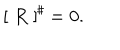
\left[ \; R \; \right] ^ { \sharp } = 0 .